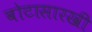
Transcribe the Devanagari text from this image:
बोटासारखी